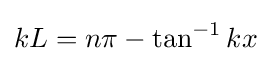
kL=n\pi -\tan ^{-1}kx